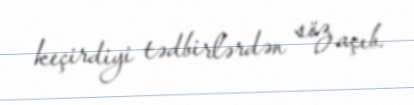
keçirdiyi tədbirlərdən söz açıb.